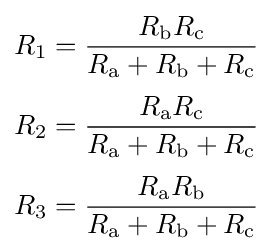
{\begin{aligned}R_{1}&={\frac {R_{\text{b}}R_{\text{c}}}{R_{\text{a}}+R_{\text{b}}+R_{\text{c}}}}\\[3pt]R_{2}&={\frac {R_{\text{a}}R_{\text{c}}}{R_{\text{a}}+R_{\text{b}}+R_{\text{c}}}}\\[3pt]R_{3}&={\frac {R_{\text{a}}R_{\text{b}}}{R_{\text{a}}+R_{\text{b}}+R_{\text{c}}}}\end{aligned}}